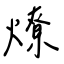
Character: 燎